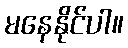
မနေနိုင်ပါ။